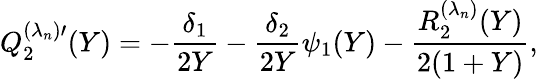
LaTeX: Q_{2}^{(\lambda_{n})\prime}(Y)=-\frac{\delta_{1}}{2Y}-\frac{\delta_{2}}{2Y}\psi_{1}(Y)-\frac{R_{2}^{(\lambda_{n})}(Y)}{2(1+Y)},